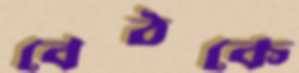
বেঠকে